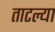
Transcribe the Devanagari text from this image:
ताटल्या